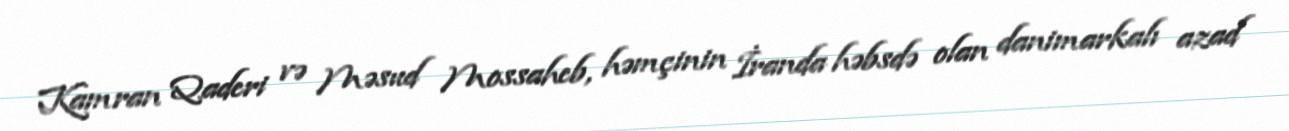
Kamran Qaderi və Məsud Mossaheb, həmçinin İranda həbsdə olan danimarkalı azad